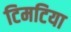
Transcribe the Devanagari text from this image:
टिमटिया